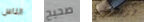
الناس صحيح تريدنني